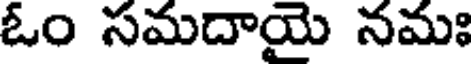
ఓం సమదాయై నమః